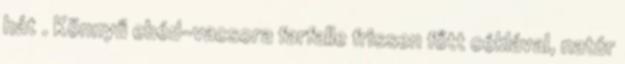
hát . Könnyű ebéd-vacsora farfalle frissen főtt céklával, natúr